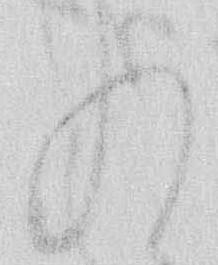
入